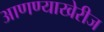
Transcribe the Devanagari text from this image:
आणण्याखेरीज